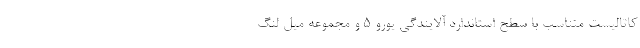
کاتالیست متناسب با سطح استاندارد آلایندگی یورو 5 و مجموعه میل لنگ